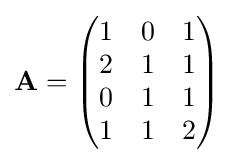
\mathbf {A} ={\begin{pmatrix}1&0&1\\2&1&1\\0&1&1\\1&1&2\\\end{pmatrix}}